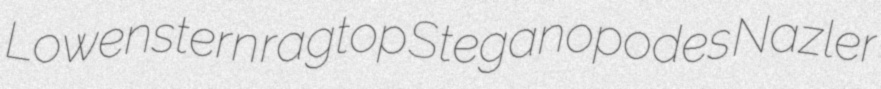
Lowenstern ragtop Steganopodes Nazler